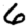
Digit: 6